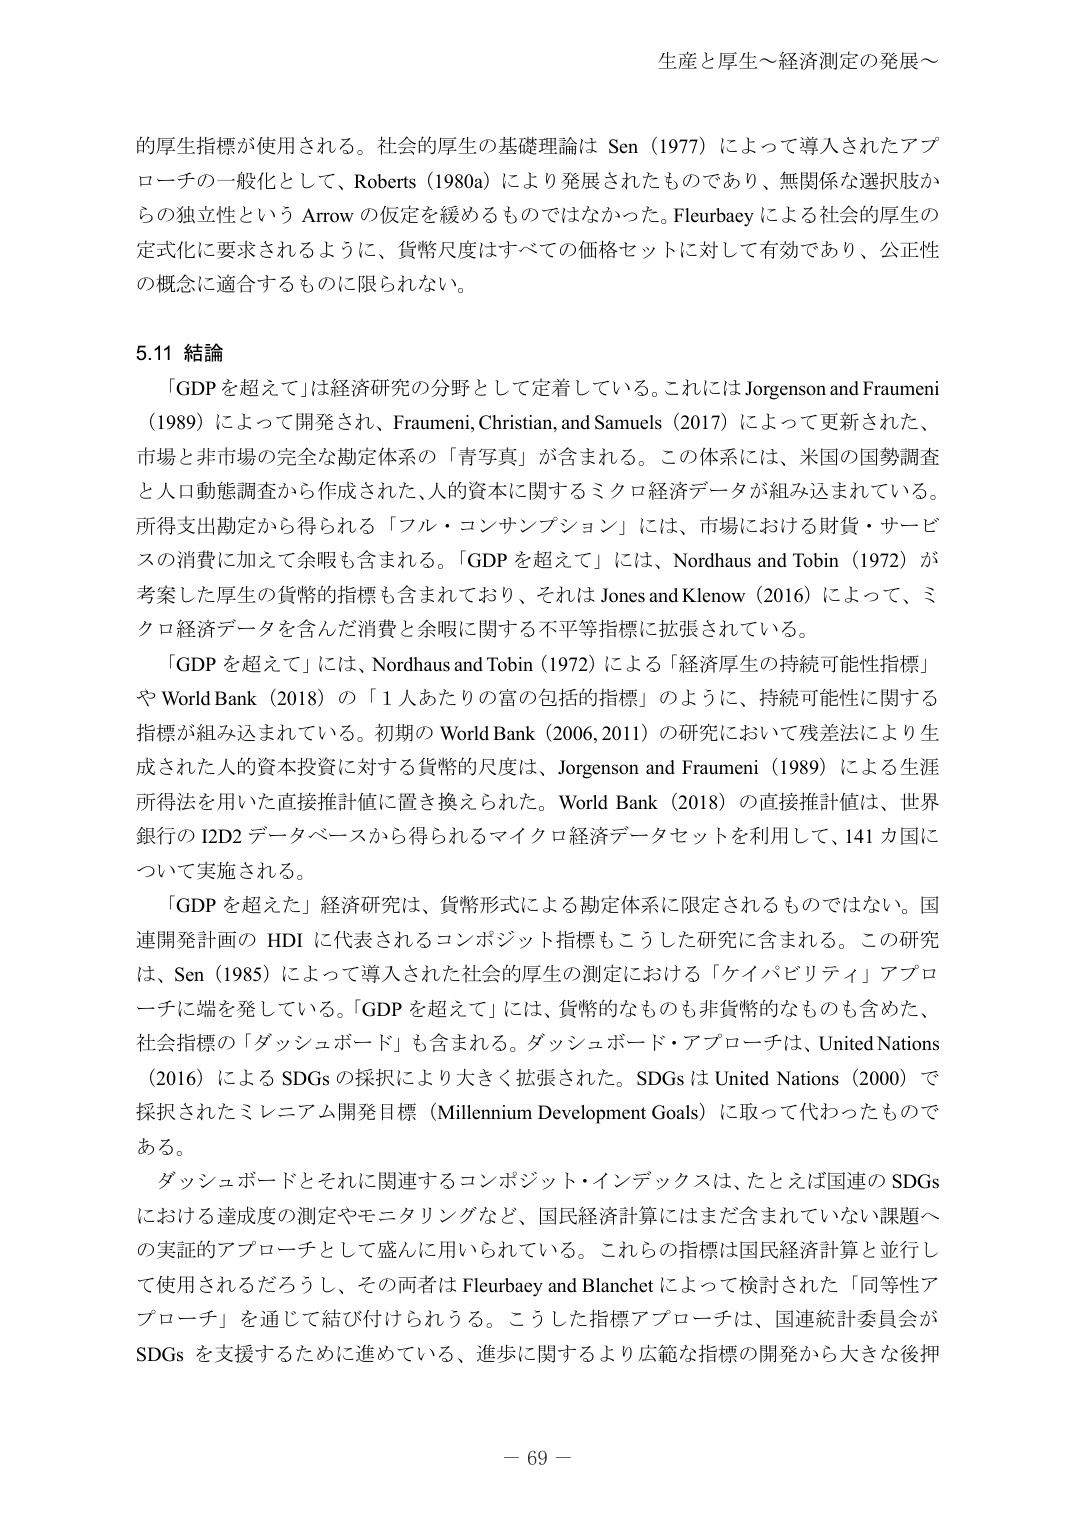
生産と厚生～経済測定の発展～

的厚生指標が使用される。社会的厚生の基礎理論は Sen（1977）によって導入されたアプローチの一般化として、Roberts（1980a）により発展されたものであり、無関係な選択肢からの独立性という Arrow の仮定を緩めるものではなかった。Fleurbaey による社会的厚生の定式化に要求されるように、貨幣尺度はすべての価格セットに対して有効であり、公正性の概念に適合するものに限られない。

5.11 結論

「GDP を超えて」は経済研究の分野として定着している。これには Jorgenson and Fraumeni（1989）によって開発され、Fraumeni, Christian, and Samuels（2017）によって更新された、市場と非市場の完全な勘定体系の「青写真」が含まれる。この体系には、米国の国勢調査と人口動態調査から作成された、人的資本に関するミクロ経済データが組み込まれている。所得支出勘定から得られる「フル・コンサンプション」には、市場における財貨・サービスの消費に加えて余暇も含まれる。「GDP を超えて」には、Nordhaus and Tobin（1972）が考案した厚生の貨幣的指標も含まれており、それは Jones and Klenow（2016）によって、ミクロ経済データを含んだ消費と余暇に関する不平等指標に拡張されている。

「GDP を超えて」には、Nordhaus and Tobin（1972）による「経済厚生の持続可能性指標」や World Bank（2018）の「1 人あたりの富の包括的指標」のように、持続可能性に関する指標が組み込まれている。初期の World Bank（2006, 2011）の研究において残差法により生成された人的資本投資に対する貨幣的尺度は、Jorgenson and Fraumeni（1989）による生涯所得法を用いた直接推計値に置き換えられた。World Bank（2018）の直接推計値は、世界銀行の I2D2 データベースから得られるマイクロ経済データセットを利用して、141 カ国について実施される。

「GDP を超えた」経済研究は、貨幣形式による勘定体系に限定されるものではない。国連開発計画の HDI に代表されるコンポジット指標もこうした研究に含まれる。この研究は、Sen（1985）によって導入された社会的厚生の測定における「ケイパビリティ」アプローチに端を発している。「GDP を超えて」には、貨幣的なものも非貨幣的なものも含めた、社会指標の「ダッシュボード」も含まれる。ダッシュボード・アプローチは、United Nations（2016）による SDGs の採択により大きく拡張された。SDGs は United Nations（2000）で採択されたミレニアム開発目標（Millennium Development Goals）に取って代わったものである。

ダッシュボードとそれに関連するコンポジット・インデックスは、たとえば国連の SDGs における達成度の測定やモニタリングなど、国民経済計算にはまだ含まれていない課題への実証的アプローチとして盛んに用いられている。これらの指標は国民経済計算と並行して使用されるだろうし、その両者は Fleurbaey and Blanchet によって検討された「同等性アプローチ」を通じて結び付けられるう。こうした指標アプローチは、国連統計委員会が SDGs を支援するために進めている、進歩に関するより広範な指標の開発から大きな後押

－ 69 －